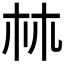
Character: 𣏟